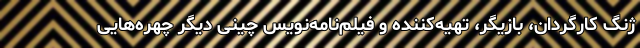
ژنگ کارگردان، بازیگر، تهیه‌کننده و فیلم‌نامه‌نویس چینی دیگر چهره‌هایی